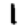
Digit: 1